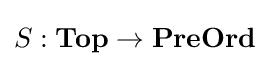
S:\mathbf {Top} \to \mathbf {PreOrd}